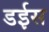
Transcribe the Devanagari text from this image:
डईस